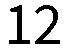
12